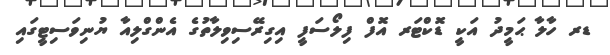
ޑރ ހާލާ ޙަމީދު އަކީ ޑޮކްޓަރ އޮފް ފިލޯސަފީ އިގިރޭސިވިލާތުގެ އެންގްލިއާ ޔުނިވަސިޓީގައި